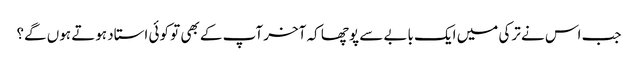
جب اس نے ترکی میں ایک بابے سے پوچھا کہ آخر آپ کے بھی تو کوئی استاد ہوتے ہوں گے؟